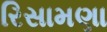
રિસામણા